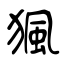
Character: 猦